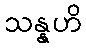
သန္နဟိ